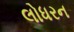
લોધરન